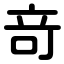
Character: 竒